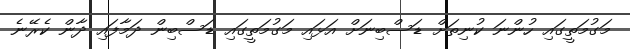
މަގުމަތީގައި ހުންނަ ކުނިތަށް ޑަސްބިނަށް އަޅައި މަގުމަތީގައި ޑަސްބިން ދަމާފައި ދާން ކެރޭނެ